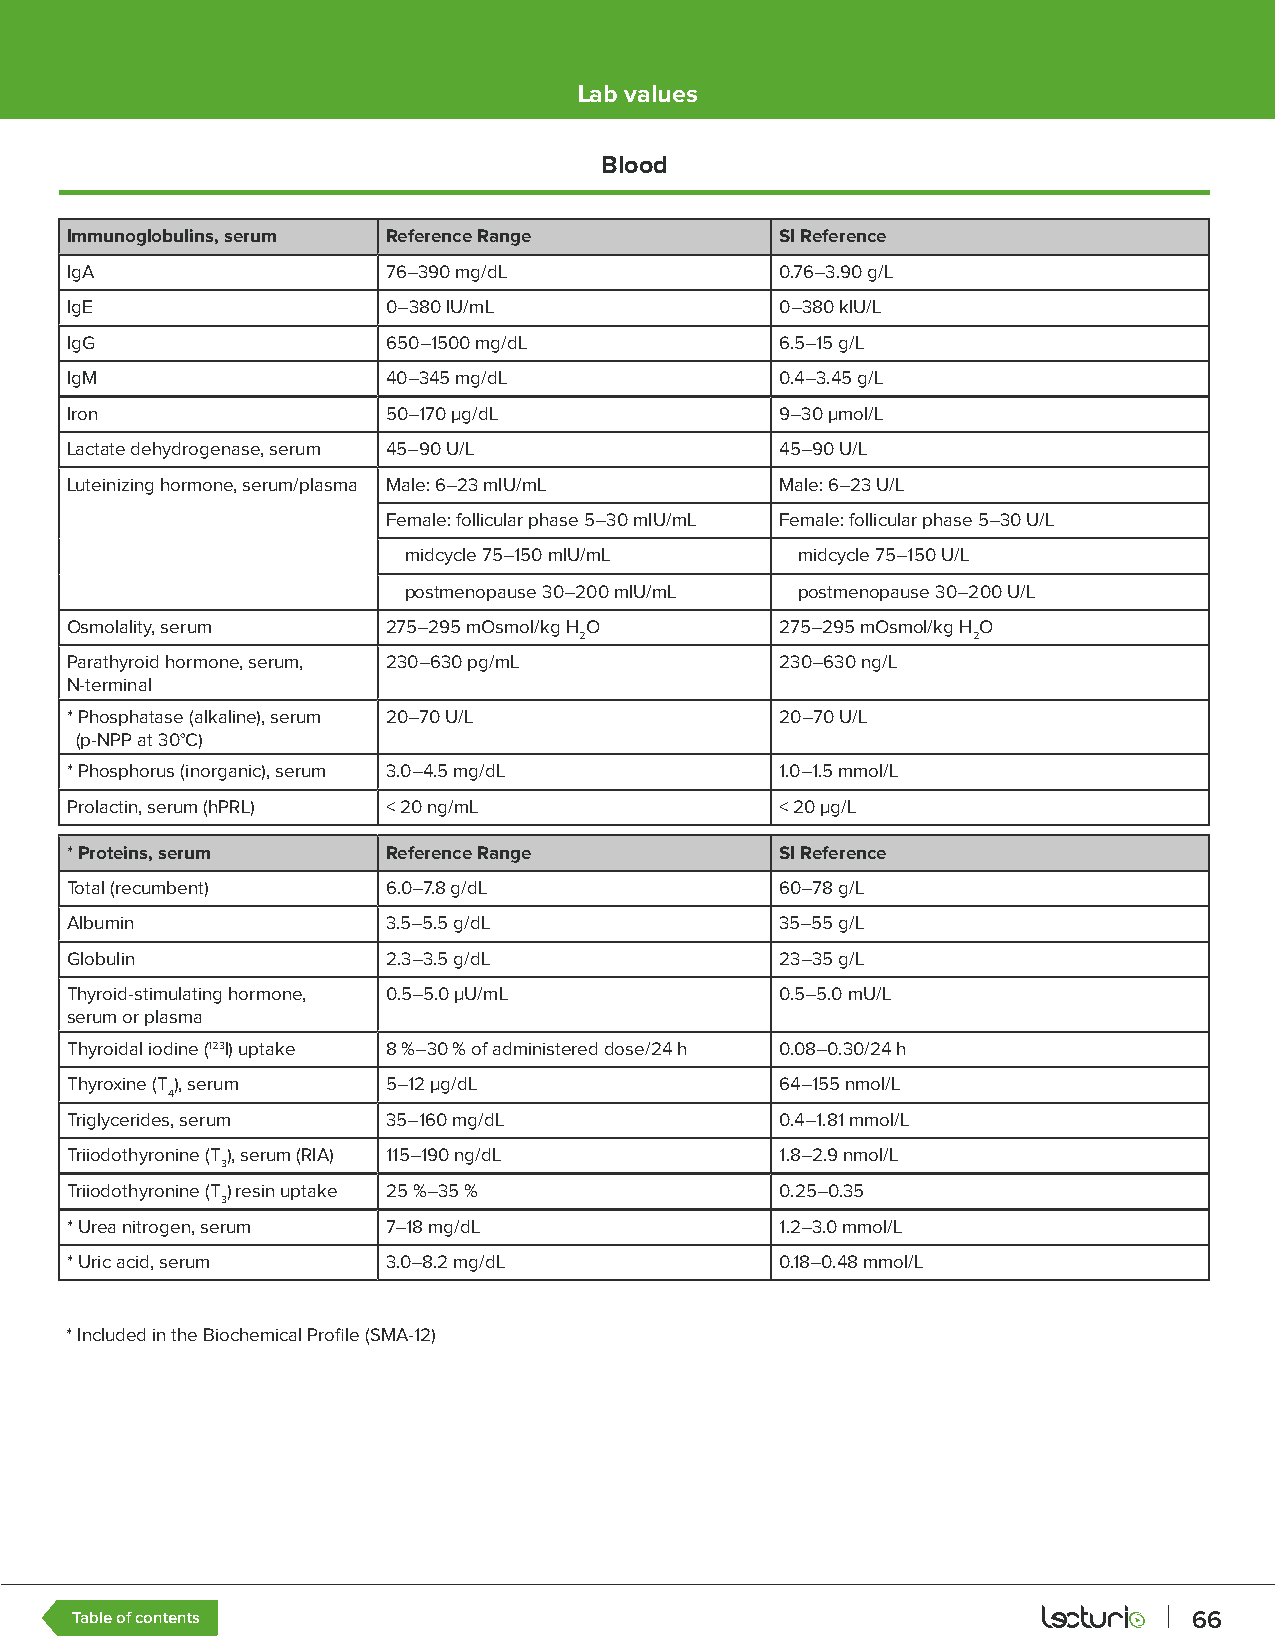
Lab values
 Blood
 Immunoglobulins, serum Reference Range          SI Reference
 IgA                   76–390 mg/dL              0.76–3.90 g/L
 IgE                   0–380 IU/mL               0–380 kIU/L
 IgG                   650–1500 mg/dL            6.5–15 g/L
 IgM                   40–345 mg/dL              0.4–3.45 g/L
 Iron                  50–170 µg/dL              9–30 µmol/L
 Lactate dehydrogenase, serum 45–90 U/L          45–90 U/L
 Luteinizing hormone, serum/plasma Male: 6–23 mIU/mL Male: 6–23 U/L
 Female: follicular phase 5–30 mIU/mL Female: follicular phase 5–30 U/L
 midcycle 75–150 mIU/mL    midcycle 75–150 U/L
 postmenopause 30–200 mIU/mL postmenopause 30–200 U/L
 Osmolality, serum     275–295 mOsmol/kg H O     275–295 mOsmol/kg H O
 2                         2
 Parathyroid hormone, serum, 230–630 pg/mL       230–630 ng/L
 N-terminal
 * Phosphatase (alkaline), serum 20–70 U/L       20–70 U/L
 (p-NPP at 30°C)
 * Phosphorus (inorganic), serum 3.0–4.5 mg/dL   1.0–1.5 mmol/L
 Prolactin, serum (hPRL) < 20 ng/mL              < 20 µg/L
 * Proteins, serum     Reference Range           SI Reference
 Total (recumbent)     6.0–7.8 g/dL              60–78 g/L
 Albumin               3.5–5.5 g/dL              35–55 g/L
 Globulin              2.3–3.5 g/dL              23–35 g/L
 Thyroid-stimulating hormone, 0.5–5.0 µU/mL      0.5–5.0 mU/L
 serum or plasma
 Thyroidal iodine (123I) uptake 8 %–30 % of administered dose/24 h 0.08–0.30/24 h
 Thyroxine (T), serum  5–12 µg/dL                64–155 nmol/L
 4
 Triglycerides, serum  35–160 mg/dL              0.4–1.81 mmol/L
 Triiodothyronine (T), serum (RIA) 115–190 ng/dL 1.8–2.9 nmol/L
 3
 Triiodothyronine (T) resin uptake 25 %–35 %     0.25–0.35
 3
 * Urea nitrogen, serum 7–18 mg/dL               1.2–3.0 mmol/L
 * Uric acid, serum    3.0–8.2 mg/dL             0.18–0.48 mmol/L
 * Included in the Biochemical Profile (SMA-12)
 Table of contents                                                         66